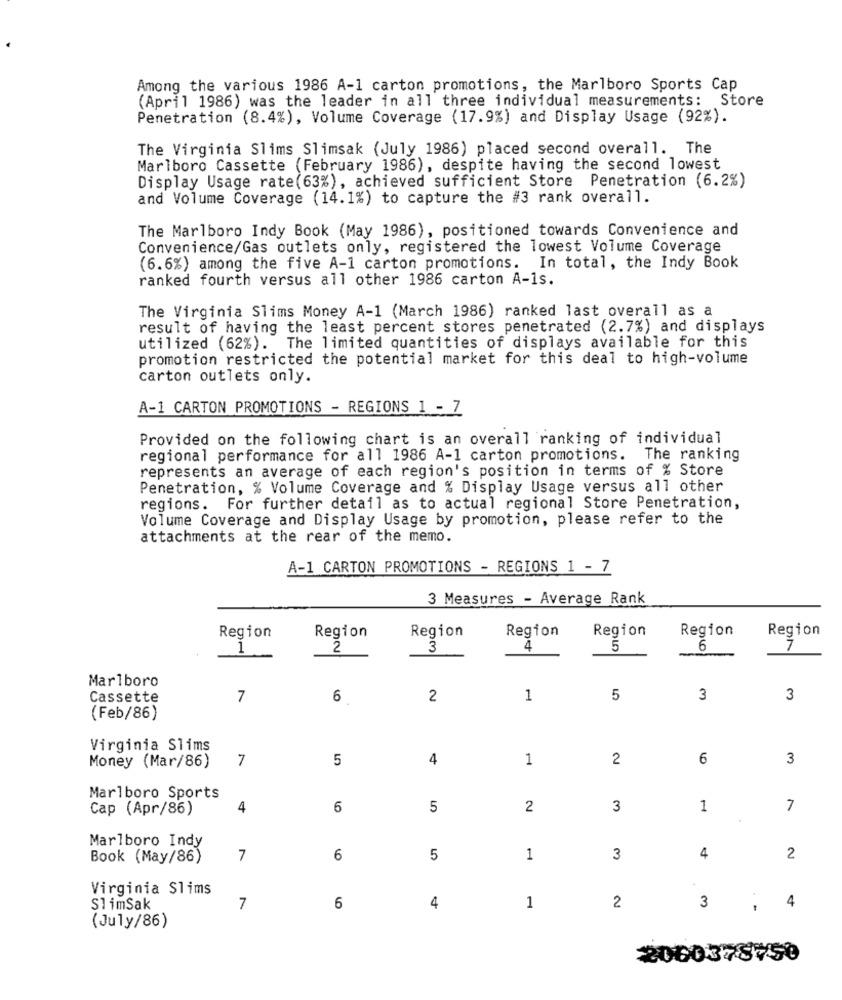
Among the various 1986 A-1 carton promotions, the Marlboro Sports Cap
(April 1986) was the leader in all three individual measurements: Store
Penetration (8.4%), Volume Coverage (17.9%) and Display Usage (92%).
The Virginia Slims Slimsak (July 1986) placed second overall. The
Marlboro Cassette (February 1986), despite having the second lowest
Display Usage rate(63%), achieved sufficient Store Penetration (6.2%)
and Volume Coverage (14.1%) to capture the #3 rank overall.
The Marlboro Indy Book (May 1986), positioned towards Convenience and
Convenience/Gas outlets only, registered the lowest Volume Coverage
(6.6%) among the five A-1 carton promotions. In total, the Indy Book
ranked fourth versus all other 1986 carton A-1s.
The Virginia Slims Money A-1 (March 1986) ranked last overall as a
result of having the least percent stores penetrated (2.7%) and displays
utilized (62%). The limited quantities of displays available for this
promotion restricted the potential market for this deal to high-volume
carton outlets only.
A-1 CARTON PROMOTIONS - REGIONS 1 - 7
Provided on the following chart is an overall ranking of individual
regional performance for all 1986 A-1 carton promotions. The ranking
represents an average of each region's position in terms of % Store
Penetration, % Volume Coverage and % Display Usage versus all other
regions. For further detail as to actual regional Store Penetration,
Volume Coverage and Display Usage by promotion, please refer to the
attachments at the rear of the memo.
A-1 CARTON PROMOTIONS - REGIONS 1 - 7
3 Measures - Average Rank
Region
Region
Region
Region
Region
Region
Region
1
2
3
4
5
6
7
Marlboro
Cassette
7
6
2
1
5
3
3
(Feb/86)
Virginia Slims
7
5
4
1
2
6
3
Money (Mar/86)
Marlboro Sports
Cap (Apr/86)
4
6
5
2
3
1
7
Marlboro Indy
Book (May/86)
7
6
5
1
3
4
2
Virginia Slims
4
S1 imSak
7
6
4
1
2
3
.-
(July/86)
2060378750